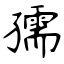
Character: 孺